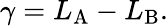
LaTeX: \gamma=L_{\mathrm{A}}-L_{\mathrm{B}}.